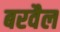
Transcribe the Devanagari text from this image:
बरवैल